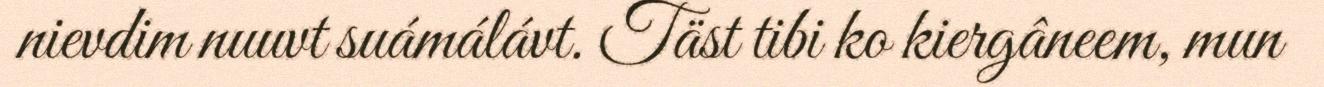
nievdim nuuvt suámálávt. Täst tibi ko kiergâneem, mun